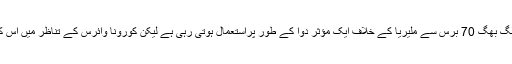
کلوروکوائن اور ہائیڈروکسی کلوروکوائن لگ بھگ 70 برس سے ملیریا کے خلاف ایک مؤثر دوا کے طور پراستعمال ہوتی رہی ہے لیکن کورونا وائرس کے تناظر میں اس کی متنازعہ حیثیت دوبارہ سامنے آئی ہے۔